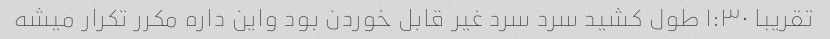
تقریبا ۱:۳۰ طول کشید سرد سرد غیر قابل خوردن بود واین داره مکرر تکرار میشه